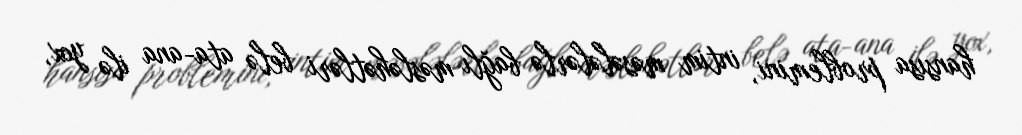
hansısa problemini, intim məsələlərlə bağlı məsləhətləri belə ata-ana ilə yox,